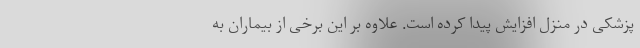
پزشکی در منزل افزایش پیدا کرده است. علاوه بر این برخی از بیماران به